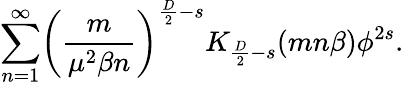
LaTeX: \sum_{n=1}^{\infty}\biggl(\frac{m}{\mu^{2}\beta n}\biggr)^{\frac{D}{2}-s}K_{\frac{D}{2}-s}(mn\beta)\phi^{2s}.